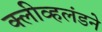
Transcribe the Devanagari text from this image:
क्लीव्हलंडने